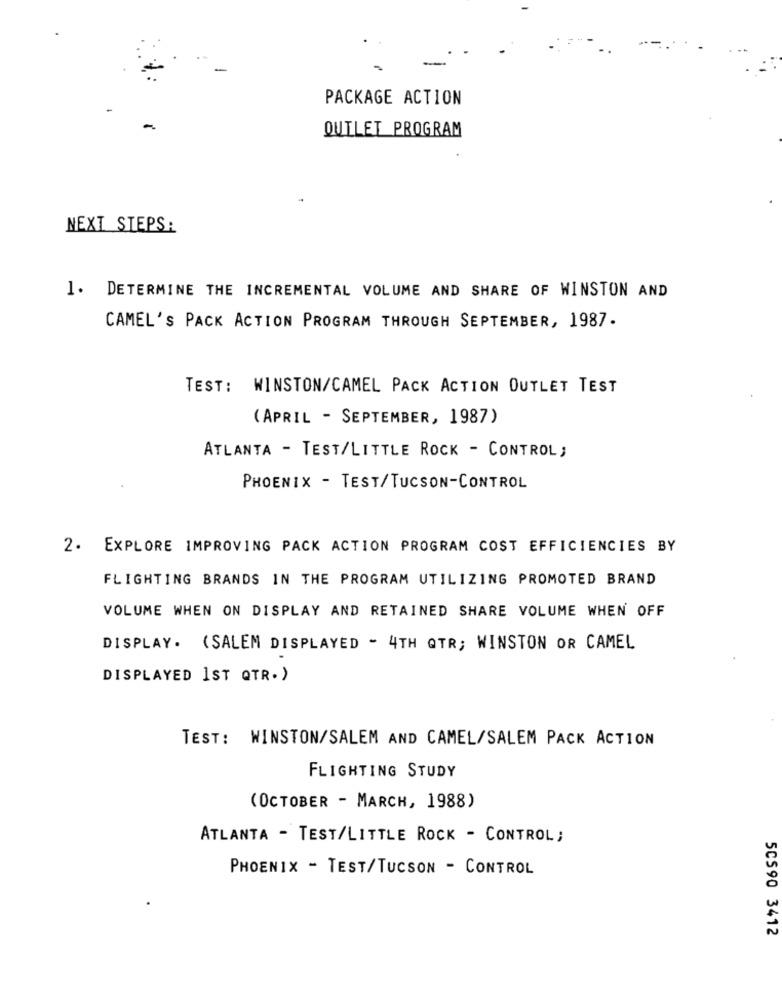
PACKAGE ACTION
OUTLET PROGRAM
NEXT STEPS:
1. DETERMINE THE INCREMENTAL VOLUME AND SHARE OF WINSTON AND
CAMEL'S PACK ACTION PROGRAM THROUGH SEPTEMBER, 1987.
TEST: WINSTON/CAMEL PACK ACTION OUTLET TEST
(APRIL - SEPTEMBER, 1987)
ATLANTA - TEST/LITTLE ROCK - CONTROL;
PHOENIX - TEST/TUCSON-CONTROL
2. EXPLORE IMPROVING PACK ACTION PROGRAM COST EFFICIENCIES BY
FLIGHTING BRANDS IN THE PROGRAM UTILIZING PROMOTED BRAND
VOLUME WHEN ON DISPLAY AND RETAINED SHARE VOLUME WHEN OFF
DISPLAY. (SALEM DISPLAYED - 4TH QTR; WINSTON OR CAMEL
DISPLAYED 1ST QTR.)
TEST: WINSTON/SALEM AND CAMEL/SALEM PACK ACTION
FLIGHTING STUDY
(OCTOBER - MARCH, 1988)
ATLANTA - TEST/LITTLE ROCK - CONTROL;
PHOENIX - TEST/TUCSON - CONTROL
50590 3412